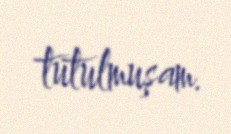
tutulmuşam.